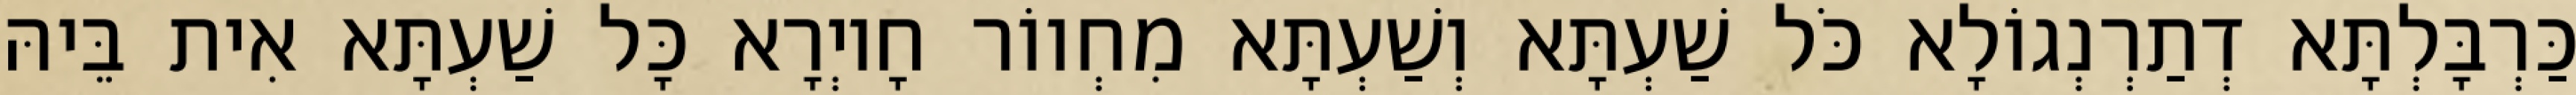
כַּרְבָּלְתָּא דְתַרְנְגוֹלָא כֹּל שַׁעְתָּא וְשַׁעְתָּא מִחְווֹר חָיוְרָא כָּל שַׁעְתָּא אִית בֵּיהּ